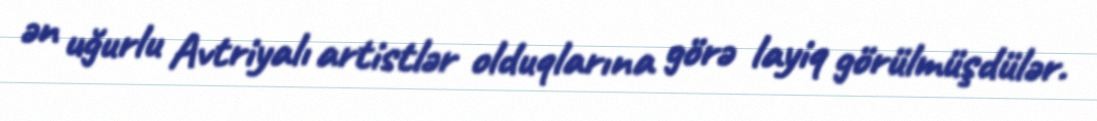
ən uğurlu Avtriyalı artistlər olduqlarına görə layiq görülmüşdülər.